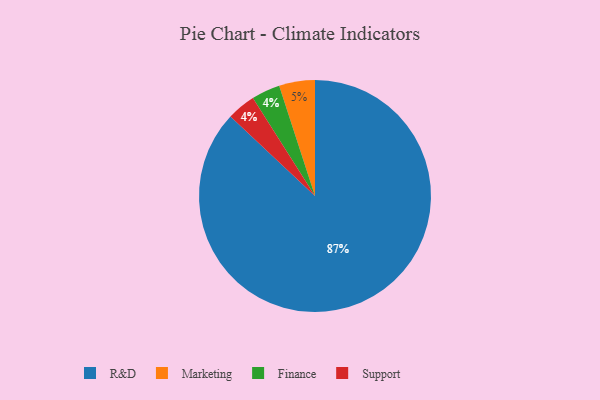
{"axis": {"x": "Category", "y": "Percentage"}, "legend": ["Finance", "Marketing", "R&D", "Support"], "data": [{"x": "Finance", "y": 4, "type": "Finance"}, {"x": "Support", "y": 4, "type": "Support"}, {"x": "Marketing", "y": 5, "type": "Marketing"}, {"x": "R&D", "y": 87, "type": "R&D"}]}